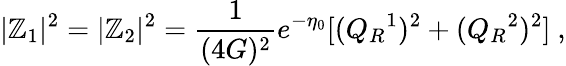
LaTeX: |\mathbb{Z}_{1}|^{2}=|\mathbb{Z}_{2}|^{2}={\frac{{1}}{{(4G)^{2}}}}e^{-\eta_{0}}[(Q_{R}{}^{1})^{2}+(Q_{R}{}^{2})^{2}]\ ,